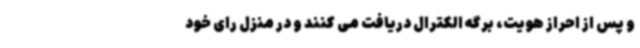
و پس از احراز هویت، برگه الکترال دریافت می کنند و در منزل رای خود